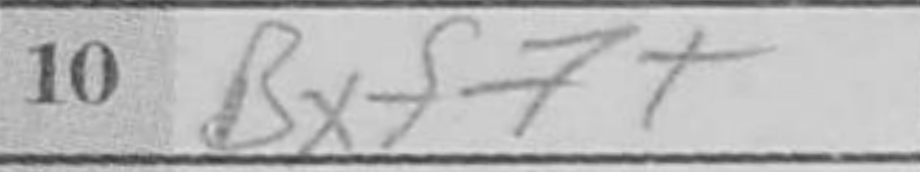
Transcription: Bxf7+